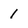
Character: 1